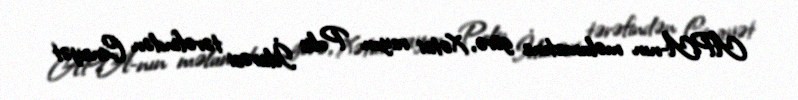
APA-nın məlumatına görə, Xətai rayon Polis İdarəsi tərəfindən Cinayət